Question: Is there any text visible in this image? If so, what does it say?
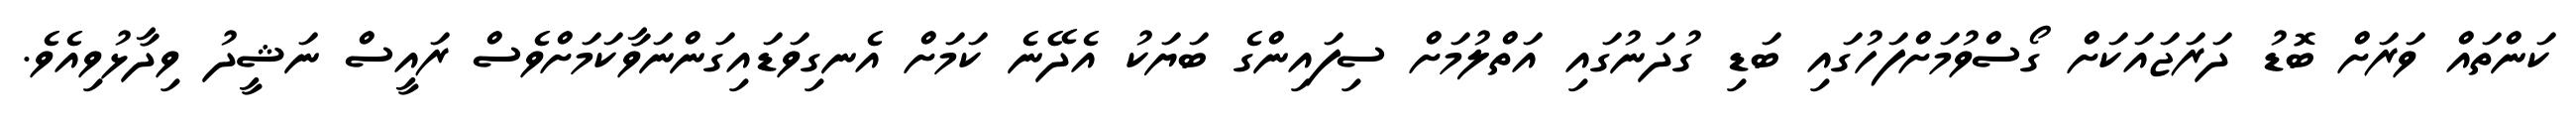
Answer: ކަންތައް ވަރަށް ބޮޑު ދަރަޖައަކަށް ގޯސްވުމަށްފަހުގައި ބަޑި ގުދަނުގައި އަތްލުމަށް ސިފައިންގެ ބަޔަކު އެދޭނެ ކަމަށް އެނގިވަޑައިގަންނަވާކަމަށްވެސް ރައީސް ނަޝީދު ވިދާޅުވިއެވެ.